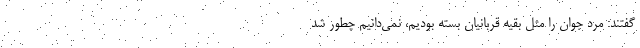
گفتند: مرد جوان را مثل بقیه قربانیان بسته بودیم، نمی‌دانیم چطور شد